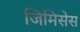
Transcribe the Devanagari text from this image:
जिमिसेस